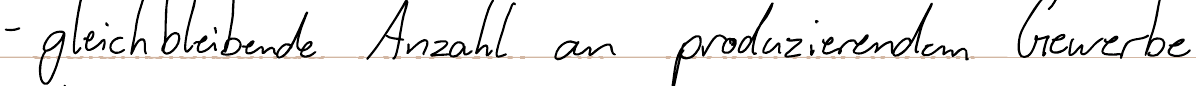
- gleichbleibende Anzahl an produzierendem Gewerbe